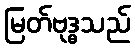
မြတ်ဗုဒ္ဓသည်